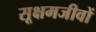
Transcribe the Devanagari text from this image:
सूक्षमजीवों